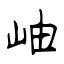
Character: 岫